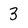
Character: 3